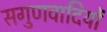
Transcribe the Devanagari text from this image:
सगुणवादियों